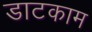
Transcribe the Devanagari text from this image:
डाटकाम